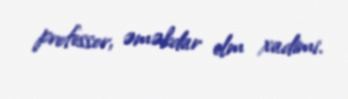
professor, əməkdar elm xadimi.